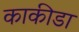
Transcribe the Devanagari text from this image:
काकीडा